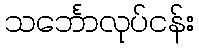
သင်္ဘောလုပ်ငန်း